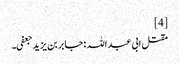
[4]
مقتل ابی عبد اللہ :جابر بن یزید جعفی۔